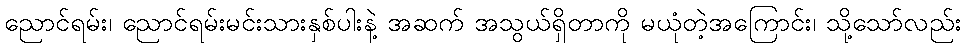
ညောင်ရမ်း၊ ညောင်ရမ်းမင်းသားနှစ်ပါးနဲ့ အဆက် အသွယ်ရှိတာကို မယုံတဲ့အကြောင်း၊ သို့သော်လည်း